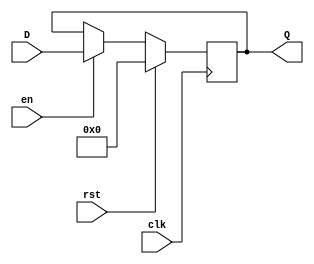
module DFF_ex 
#(  parameter N = 182 )
(
    input   clk,
    input   rst,
    input   en,
    input   [N-1:0] D,
    output reg [N-1:0] Q 
);
initial begin
  Q = {N{1'b0}};
end
always@(posedge clk )
begin
  if(rst)
    Q <= {N{1'b0}};
  else 
    if (en)
    Q <= D;
end

endmodule